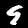
Digit: 9